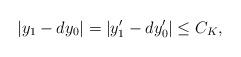
LaTeX: \begin{align*}|y_1-dy_0|=|y'_1-dy_0'|\leq C_K,\end{align*}